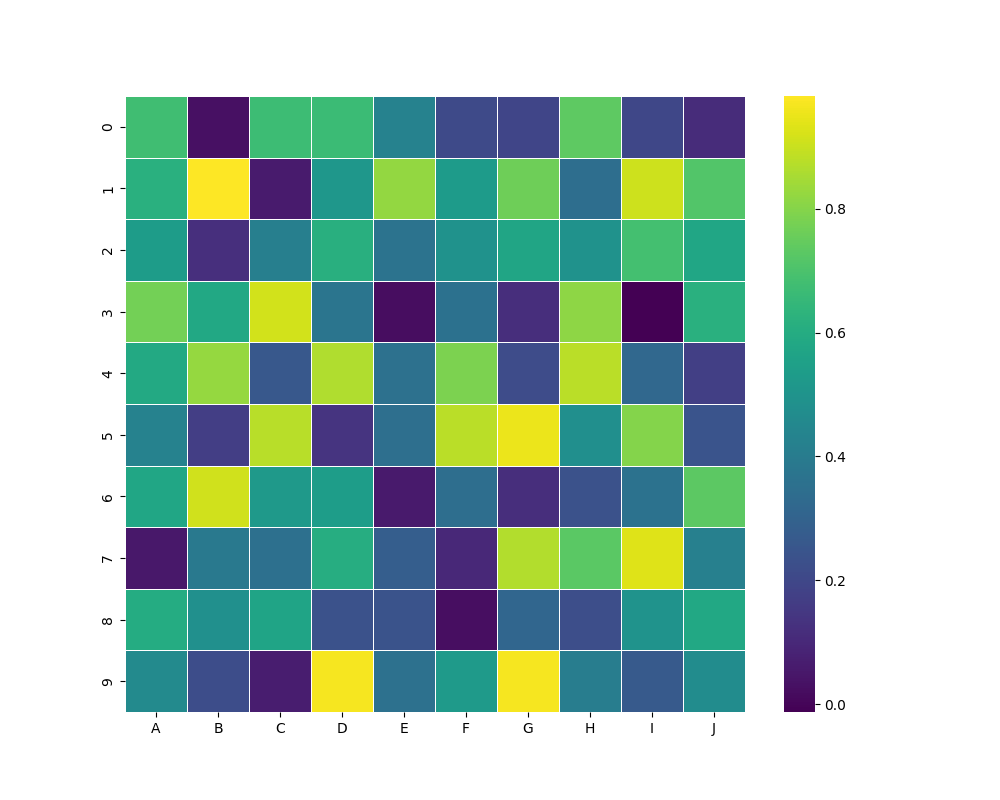
python, seaborn, heatmap, cmap='viridis', linewidths=0.5, center=none